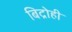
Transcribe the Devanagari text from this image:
बिद्रोही